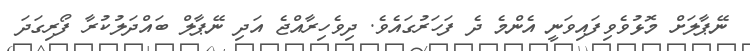
ނޭޕާލަށް މޮޅުވެވިފައިވަނީ އެންމެ ދެ ފަހަރުގައެވެ. ދިވެހިރާއްޖެ އަދި ނޭޕާލް ބައްދަލުކުރާ ފޯރިގަދަ